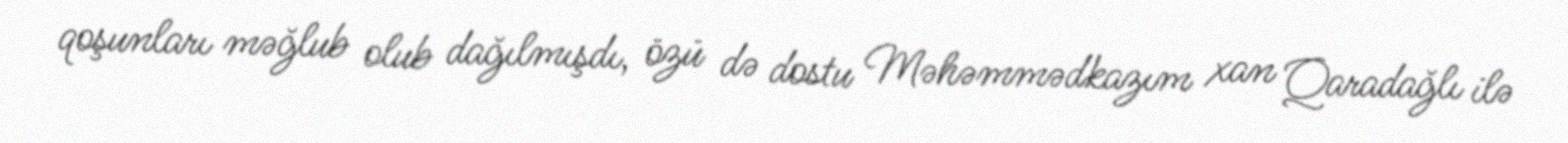
qoşunları məğlub olub dağılmışdı, özü də dostu Məhəmmədkazım xan Qaradağlı ilə